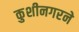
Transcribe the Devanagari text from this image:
कुशीनगरने